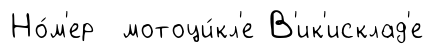
Но́м'ер мотоци́кл'е В'ик'исклад'е